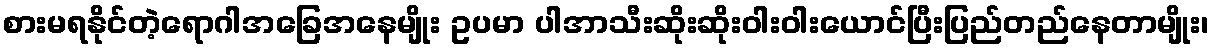
စားမရနိုင်တဲ့ရောဂါအခြေအနေမျိုး ဥပမာ ပါအာသီးဆိုးဆိုး၀ါး၀ါးယောင်ပြီးပြည်တည်နေတာမျိုး၊